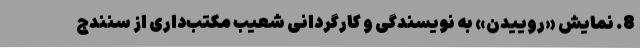
8. نمایش «روییدن» به نویسندگی و کارگردانی شعیب مکتب‌داری از سنندج